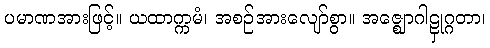
ပမာဏအားဖြင့်။ ယထာက္ကမံ၊ အစဉ်အားလျော်စွာ။ အဇ္ဈောဂါဠှုဂ္ဂတာ၊